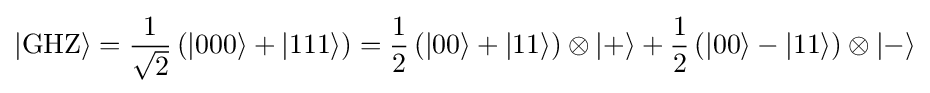
|\mathrm {GHZ} \rangle ={\frac {1}{\sqrt {2}}}\left(|000\rangle +|111\rangle \right)={\frac {1}{2}}\left(|00\rangle +|11\rangle \right)\otimes |+\rangle +{\frac {1}{2}}\left(|00\rangle -|11\rangle \right)\otimes |-\rangle